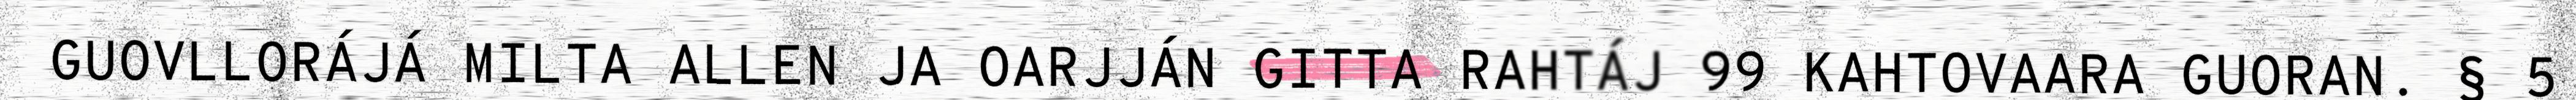
GUOVLLORÁJÁ MILTA ALLEN JA OARJJÁN GITTA RAHTÁJ 99 KAHTOVAARA GUORAN. § 5